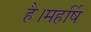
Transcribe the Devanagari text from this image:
है।महर्षि